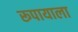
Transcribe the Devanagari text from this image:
रूपायाला